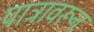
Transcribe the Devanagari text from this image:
पात्रावरून